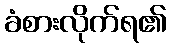
ခံစားလိုက်ရ၏